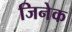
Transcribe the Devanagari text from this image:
जिनेक